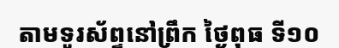
តាមទូរស័ព្ទនៅព្រឹក ថ្ងៃពុធ ទី១០